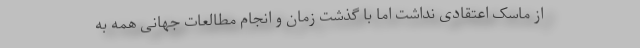
از ماسک اعتقادی نداشت اما با گذشت زمان و انجام مطالعات جهانی همه به